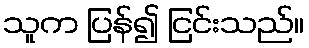
သူက ပြန်၍ ငြင်းသည်။